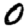
Digit: 0